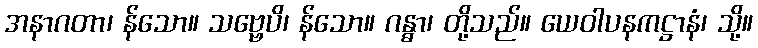
အနာဂတာ၊ န်သော။ သဗ္ဗေပိ၊ န်သော။ ဂန္ဓာ၊ တို့သည်။ ယေဝါပနကဋ္ဌာနံ၊ သို့။